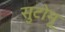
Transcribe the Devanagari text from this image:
सुटोमू